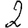
Digit: 2